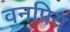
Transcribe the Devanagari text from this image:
वनप्रिय